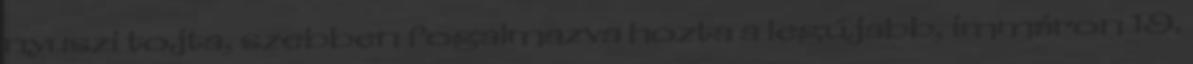
nyuszi tojta, szebben fogalmazva hozta a legújabb, immáron 19.